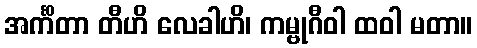
အင်္ကိတာ တီဟိ လေခါဟိ၊ ကမ္ဗုဂီဝါ ထဝါ မတာ။